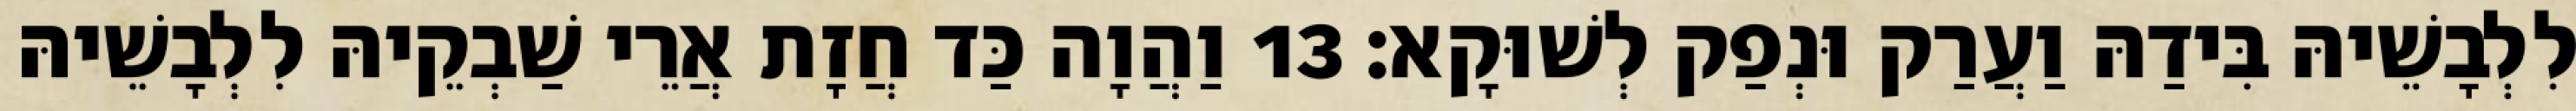
לִלְבָשֵׁיהּ בִּידַהּ וַעֲרַק וּנְפַק לְשׁוּקָא׃ 13 וַהֲוָה כַּד חֲזָת אֲרֵי שַׁבְקֵיהּ לִלְבָשֵׁיהּ